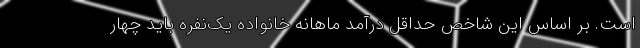
است. بر اساس این شاخص حداقل درآمد ماهانه خانواده یک‌نفره باید چهار